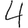
Digit: 4